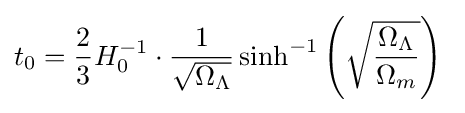
t_{0}={\frac {2}{3}}H_{0}^{-1}\cdot {\frac {1}{\sqrt {\Omega _{\Lambda }}}}\sinh ^{-1}\left({\sqrt {\frac {\Omega _{\Lambda }}{\Omega _{m}}}}\right)~